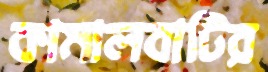
কামালবাটির